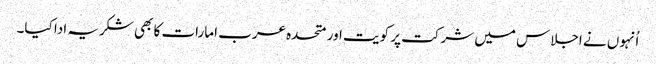
اُنہوں نے اجلاس میں شرکت پر کویت اور متحدہ عرب امارات کا بھی شکریہ ادا کیا۔